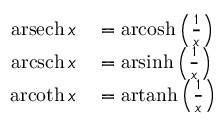
\begin{array} { r l } { \operatorname { a r s e c h } x } & { { } = \operatorname { a r c o s h } \left( { \frac { 1 } { x } } \right) } \\ { \operatorname { a r c s c h } x } & { { } = \operatorname { a r s i n h } \left( { \frac { 1 } { x } } \right) } \\ { \operatorname { a r c o t h } x } & { { } = \operatorname { a r t a n h } \left( { \frac { 1 } { x } } \right) } \end{array}